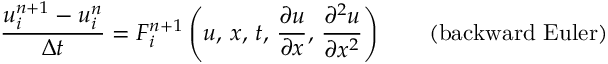
{ \frac { u _ { i } ^ { n + 1 } - u _ { i } ^ { n } } { \Delta t } } = F _ { i } ^ { n + 1 } \left( u , \, x , \, t , \, { \frac { \partial u } { \partial x } } , \, { \frac { \partial ^ { 2 } u } { \partial x ^ { 2 } } } \right) \qquad { \mathrm { ( b a c k w a r d ~ E u l e r ) } }